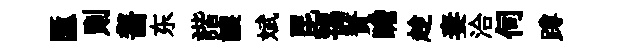
匯則齧东諧譲斌昆鴇贅瞻趁妻洽伺蹲